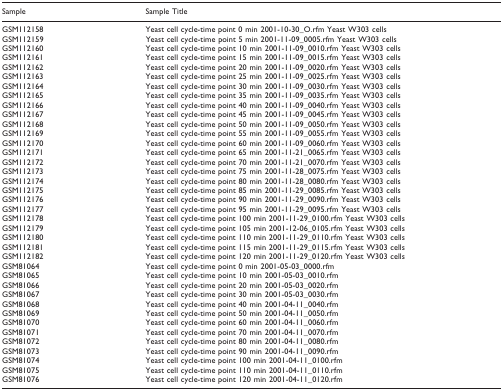
<table><thead><tr><td><b>Sample</b></td><td><b>Sample Title</b></td></tr></thead><tbody><tr><td>GSM112158</td><td>Yeast cell cycle-time point 0 min 2001-10-30_O.rfm Yeast W303 cells</td></tr><tr><td>GSM112159</td><td>Yeast cell cycle-time point 5 min 2001-11-09_0005.rfm Yeast W303 cells</td></tr><tr><td>GSM112160</td><td>Yeast cell cycle-time point 10 min 2001-11-09_0010.rfm Yeast W303 cells</td></tr><tr><td>GSM112161</td><td>Yeast cell cycle-time point 15 min 2001-11-09_0015.rfm Yeast W303 cells</td></tr><tr><td>GSM112162</td><td>Yeast cell cycle-time point 20 min 2001-11-09_0020.rfm Yeast W303 cells</td></tr><tr><td>GSM112163</td><td>Yeast cell cycle-time point 25 min 2001-11-09_0025.rfm Yeast W303 cells</td></tr><tr><td>GSM112164</td><td>Yeast cell cycle-time point 30 min 2001-11-09_0030.rfm Yeast W303 cells</td></tr><tr><td>GSM112165</td><td>Yeast cell cycle-time point 35 min 2001-11-09_0035.rfm Yeast W303 cells</td></tr><tr><td>GSM112166</td><td>Yeast cell cycle-time point 40 min 2001-11-09_0040.rfm Yeast W303 cells</td></tr><tr><td>GSM112167</td><td>Yeast cell cycle-time point 45 min 2001-11-09_0045.rfm Yeast W303 cells</td></tr><tr><td>GSM112168</td><td>Yeast cell cycle-time point 50 min 2001-11-09_0050.rfm Yeast W303 cells</td></tr><tr><td>GSM112169</td><td>Yeast cell cycle-time point 55 min 2001-11-09_0055.rfm Yeast W303 cells</td></tr><tr><td>GSM112170</td><td>Yeast cell cycle-time point 60 min 2001-11-09_0060.rfm Yeast W303 cells</td></tr><tr><td>GSM112171</td><td>Yeast cell cycle-time point 65 min 2001-11-21_0065.rfm Yeast W303 cells</td></tr><tr><td>GSM112172</td><td>Yeast cell cycle-time point 70 min 2001-11-21_0070.rfm Yeast W303 cells</td></tr><tr><td>GSM112173</td><td>Yeast cell cycle-time point 75 min 2001-11-28_0075.rfm Yeast W303 cells</td></tr><tr><td>GSM112174</td><td>Yeast cell cycle-time point 80 min 2001-11-28_0080.rfm Yeast W303 cells</td></tr><tr><td>GSM112175</td><td>Yeast cell cycle-time point 85 min 2001-11-29_0085.rfm Yeast W303 cells</td></tr><tr><td>GSM112176</td><td>Yeast cell cycle-time point 90 min 2001-11-29_0090.rfm Yeast W303 cells</td></tr><tr><td>GSM112177</td><td>Yeast cell cycle-time point 95 min 2001-11-29_0095.rfm Yeast W303 cells</td></tr><tr><td>GSM112178</td><td>Yeast cell cycle-time point 100 min 2001-11-29_0100.rfm Yeast W303 cells</td></tr><tr><td>GSM112179</td><td>Yeast cell cycle-time point 105 min 2001-12-06_0105.rfm Yeast W303 cells</td></tr><tr><td>GSM112180</td><td>Yeast cell cycle-time point 110 min 2001-11-29_0110.rfm Yeast W303 cells</td></tr><tr><td>GSM112181</td><td>Yeast cell cycle-time point 115 min 2001-11-29_0115.rfm Yeast W303 cells</td></tr><tr><td>GSM112182</td><td>Yeast cell cycle-time point 120 min 2001-11-29_0120.rfm Yeast W303 cells</td></tr><tr><td>GSM81064</td><td>Yeast cell cycle-time point 0 min 2001-05-03_0000.rfm</td></tr><tr><td>GSM81065</td><td>Yeast cell cycle-time point 10 min 2001-05-03_0010.rfm</td></tr><tr><td>GSM81066</td><td>Yeast cell cycle-time point 20 min 2001-05-03_0020.rfm</td></tr><tr><td>GSM81067</td><td>Yeast cell cycle-time point 30 min 2001-05-03_0030.rfm</td></tr><tr><td>GSM81068</td><td>Yeast cell cycle-time point 40 min 2001-04-11_0040.rfm</td></tr><tr><td>GSM81069</td><td>Yeast cell cycle-time point 50 min 2001-04-11_0050.rfm</td></tr><tr><td>GSM81070</td><td>Yeast cell cycle-time point 60 min 2001-04-11_0060.rfm</td></tr><tr><td>GSM81071</td><td>Yeast cell cycle-time point 70 min 2001-04-11_0070.rfm</td></tr><tr><td>GSM81072</td><td>Yeast cell cycle-time point 80 min 2001-04-11_0080.rfm</td></tr><tr><td>GSM81073</td><td>Yeast cell cycle-time point 90 min 2001-04-11_0090.rfm</td></tr><tr><td>GSM81074</td><td>Yeast cell cycle-time point 100 min 2001-04-11_0100.rfm</td></tr><tr><td>GSM81075</td><td>Yeast cell cycle-time point 110 min 2001-04-11_0110.rfm</td></tr><tr><td>GSM81076</td><td>Yeast cell cycle-time point 120 min 2001-04-11_0120.rfm</td></tr></tbody></table>